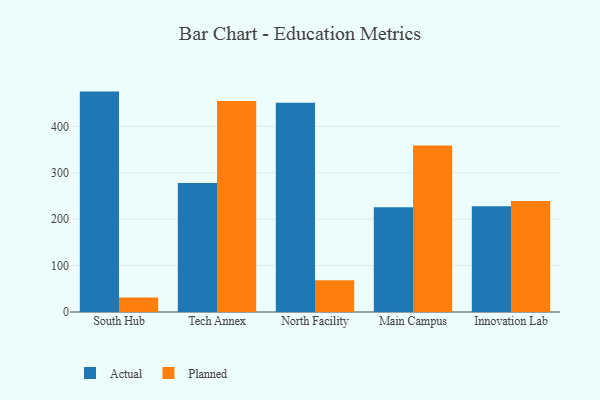
{"axis": {"x": "Campus", "y": "Bounce Rate (%)"}, "legend": ["Actual", "Planned"], "data": [{"x": "South Hub", "y": 474.9, "type": "Actual"}, {"x": "South Hub", "y": 31.3, "type": "Planned"}, {"x": "Tech Annex", "y": 277.8, "type": "Actual"}, {"x": "Tech Annex", "y": 454.8, "type": "Planned"}, {"x": "North Facility", "y": 450.7, "type": "Actual"}, {"x": "North Facility", "y": 68.6, "type": "Planned"}, {"x": "Main Campus", "y": 225.5, "type": "Actual"}, {"x": "Main Campus", "y": 358.5, "type": "Planned"}, {"x": "Innovation Lab", "y": 228.1, "type": "Actual"}, {"x": "Innovation Lab", "y": 239.2, "type": "Planned"}]}